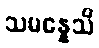
သမန္နေသိ